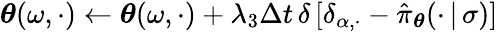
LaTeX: \boldsymbol{\theta}(\omega,\cdot)\gets\boldsymbol{\theta}(\omega,\cdot)+\lambda_{3}\Delta t\, \delta\, [\delta_{\alpha,\cdot}-\hat{\pi}_{\boldsymbol{\theta}}(\cdot\, \vert\, \sigma)]